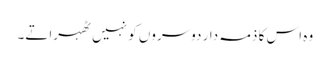
وہ اس کا ذمہ دار دوسروں کو نہیں ٹھہراتے۔